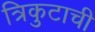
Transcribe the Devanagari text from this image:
त्रिकुटाची